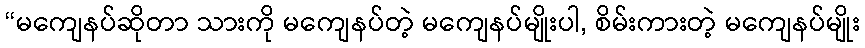
“မကျေနပ်ဆိုတာ သားကို မကျေနပ်တဲ့ မကျေနပ်မျိုးပါ, စိမ်းကားတဲ့ မကျေနပ်မျိုး